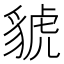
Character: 䝞